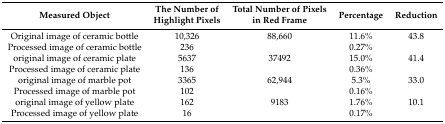
| Measured Object | The Number of Highlight Pixels | Total Number of Pixels in Red Frame | Percentage | Reduction |
 | --- | --- | --- | --- | --- |
 | Original image of ceramic bottle | 10,326 | 88,660 | 11.6% | 43.8 |
 | Processed image of ceramic bottle | 236 |  | 0.27% |  |
 | original image of ceramic plate | 5637 | 37492 | 15.0% | 41.4 |
 | Processed image of ceramic plate | 136 |  | 0.36% |  |
 | original image of marble pot | 3365 | 62,944 | 5.3% | 33.0 |
 | Processed image of marble pot | 102 |  | 0.16% |  |
 | original image of yellow plate | 162 | 9183 | 1.76% | 10.1 |
 | Processed image of yellow plate | 16 |  | 0.17% |  |